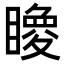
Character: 𥋂